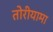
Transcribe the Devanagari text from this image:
तोरीयामा